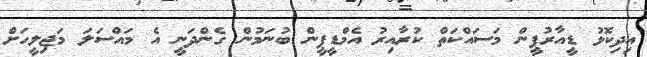
އިދިކޮޅު ޑީއާރުޕީން މަސައްކަތް ކުރާއިރު އެމްޑީޕީން ބުނަމުން ގެންދަނީ އެ މައްސަލަ މަޖިލީހަށް